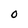
Character: O